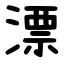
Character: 漂